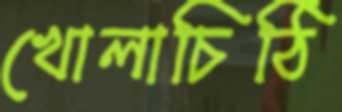
খোলাচিঠি